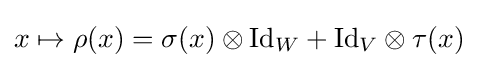
x\mapsto \rho (x)=\sigma (x)\otimes {\mbox{Id}}_{W}+{\mbox{Id}}_{V}\otimes \tau (x)